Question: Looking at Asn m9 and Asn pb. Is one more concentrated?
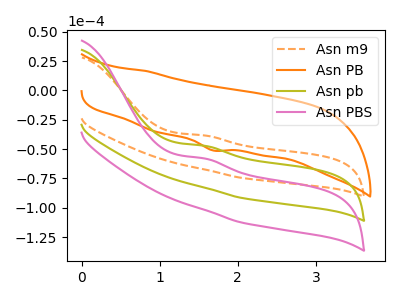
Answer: <think>The orange dashed curve "Asn m9" has an anodic peak at: (1.55V, -38.25uA). The orange curve "Asn PB" has a cathodic peak at: (1.70V, -51.15uA). The olive curve "Asn pb" has an anodic peak at: (1.55V, -47.05uA). The pink curve "Asn PBS" has an anodic peak at: (1.55V, -94.05uA).
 All the peaks in "Asn m9" have a peak in "Asn pb" at the same potential. Every peak in "Asn m9" is higher than every peak in "Asn pb".</think>
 <answer>"Asn m9" has more signal than "Asn pb" and so likely has a higher concentration.</answer>
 <eval>more_concentration</eval>